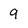
Character: 9